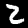
Label: 2